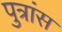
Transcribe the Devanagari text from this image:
पुत्रांस